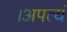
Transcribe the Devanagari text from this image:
।अपत्यं